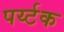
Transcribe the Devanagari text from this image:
पर्य्टक